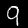
Digit: 9